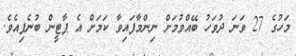
މަހުގެ 27 ވަނަ ދުވަހު ބޭއްވުމަށް ނިންމާފައިވާ ކަމަށް އެ ޕާޓީން ބުނެފިއެވެ.